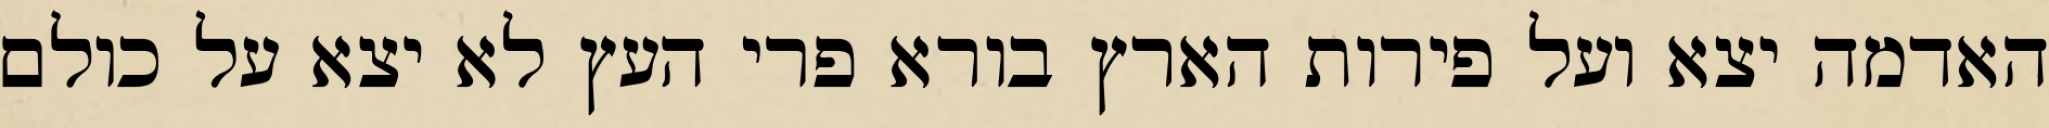
האדמה יצא ועל פירות הארץ בורא פרי העץ לא יצא על כולם